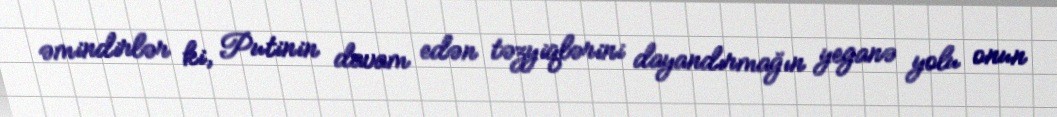
əmindirlər ki, Putinin davam edən təzyiqlərini dayandırmağın yeganə yolu onun